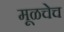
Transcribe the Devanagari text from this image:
मूळचेच